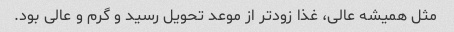
مثل همیشه عالی، غذا زودتر از موعد تحویل رسید و گرم و عالی بود.